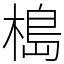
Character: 槝